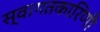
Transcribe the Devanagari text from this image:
स्वागतकारिणी